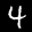
Label: 4